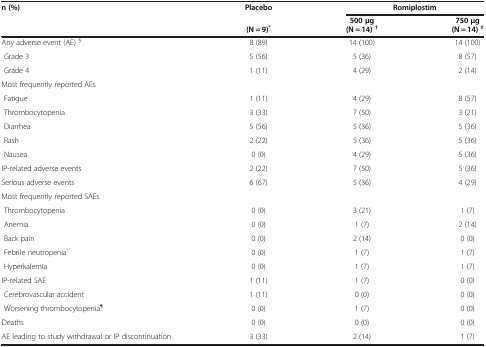
| n (%) | Placebo | <COLSPAN=2> Romiplostim |
 |  |  | 500 μg | 750 μg |
 |  | (N = 9)* | (N = 14)† | (N = 14)‡ |
 | --- | --- | --- | --- |
 | Any adverse event (AE) § | 8 (89) | 14 (100) | 14 (100) |
 | Grade 3 | 5 (56) | 5 (36) | 8 (57) |
 | Grade 4 | 1 (11) | 4 (29) | 2 (14) |
 | <COLSPAN=4> Most frequently reported AEs |
 | Fatigue | 1 (11) | 4 (29) | 8 (57) |
 | Thrombocytopenia | 3 (33) | 7 (50) | 3 (21) |
 | Diarrhea | 5 (56) | 5 (36) | 5 (36) |
 | Rash | 2 (22) | 5 (36) | 5 (36) |
 | Nausea | 0 (0) | 4 (29) | 5 (36) |
 | IP-related adverse events | 2 (22) | 7 (50) | 5 (36) |
 | Serious adverse events | 6 (67) | 5 (36) | 4 (29) |
 | <COLSPAN=4> Most frequently reported SAEs |
 | Thrombocytopenia | 0 (0) | 3 (21) | 1 (7) |
 | Anemia | 0 (0) | 1 (7) | 2 (14) |
 | Back pain | 0 (0) | 2 (14) | 0 (0) |
 | Febrile neutropenia | 0 (0) | 1 (7) | 1 (7) |
 | Hyperkalemia | 0 (0) | 1 (7) | 1 (7) |
 | IP-related SAE | 1 (11) | 1 (7) | 0 (0) |
 | Cerebrovascular accident | 1 (11) | 0 (0) | 0 (0) |
 | Worsening thrombocytopenia¶ | 0 (0) | 1 (7) | 0 (0) |
 | Deaths | 0 (0) | 0 (0) | 0 (0) |
 | AE leading to study withdrawal or IP discontinuation | 3 (33) | 2 (14) | 1 (7) |